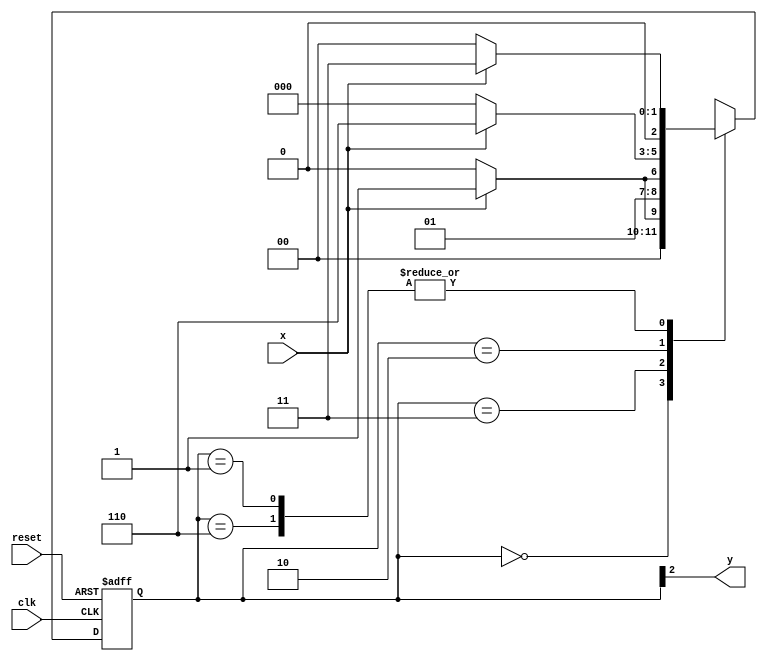
module moore1101 (output y, input x, input clk, input reset );
reg y;
parameter start = 3'b000, id1 = 3'b001, id11 = 3'b011, id110 = 3'b010, id1101 = 3'b110;
reg [2:0] E1; // current state variables
reg [2:0] E2; // next state logic output
// next state logic
always @( x or E1 )
	begin
	case( E1 )
		start:
			if ( x )
				E2 = id1;
			else
				E2 = start;
		id1:
			if ( x )
				E2 = id11;
			else
				E2 = start;
		id11:
			if ( x )
				E2 = id11;
			else
				E2 = id110;
		id110:
			if ( x )
				E2 = id1101;
			else
				E2 = start;
		id1101:
			if ( x )
				E2 = id11;
			else
				E2 = start;
		default: // undefined statee
			E2 = 3'bxxx;
	endcase
	end // always at signal or state changing
// state variables
always @( posedge clk or negedge reset )
	begin
	if ( reset )
		E1 = E2; // updates current state
	else
		E1 = 0; // reset
	end // always at signal changing
// output logic
always @( E1 )
	begin
		y = E1[2]; // first bit of state value (MOORE indicator)
	end // always at state changing
endmodule